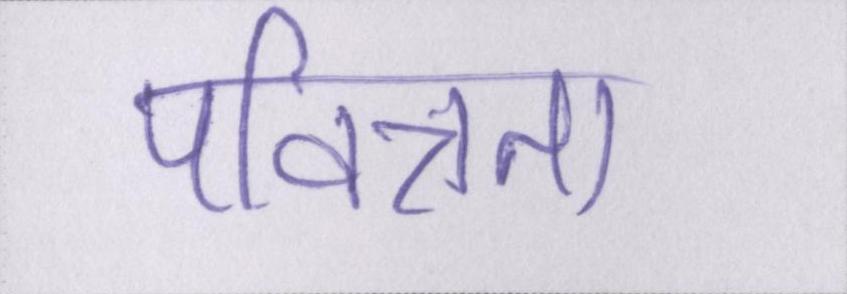
पवित्रता